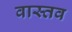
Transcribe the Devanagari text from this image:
वास्तव